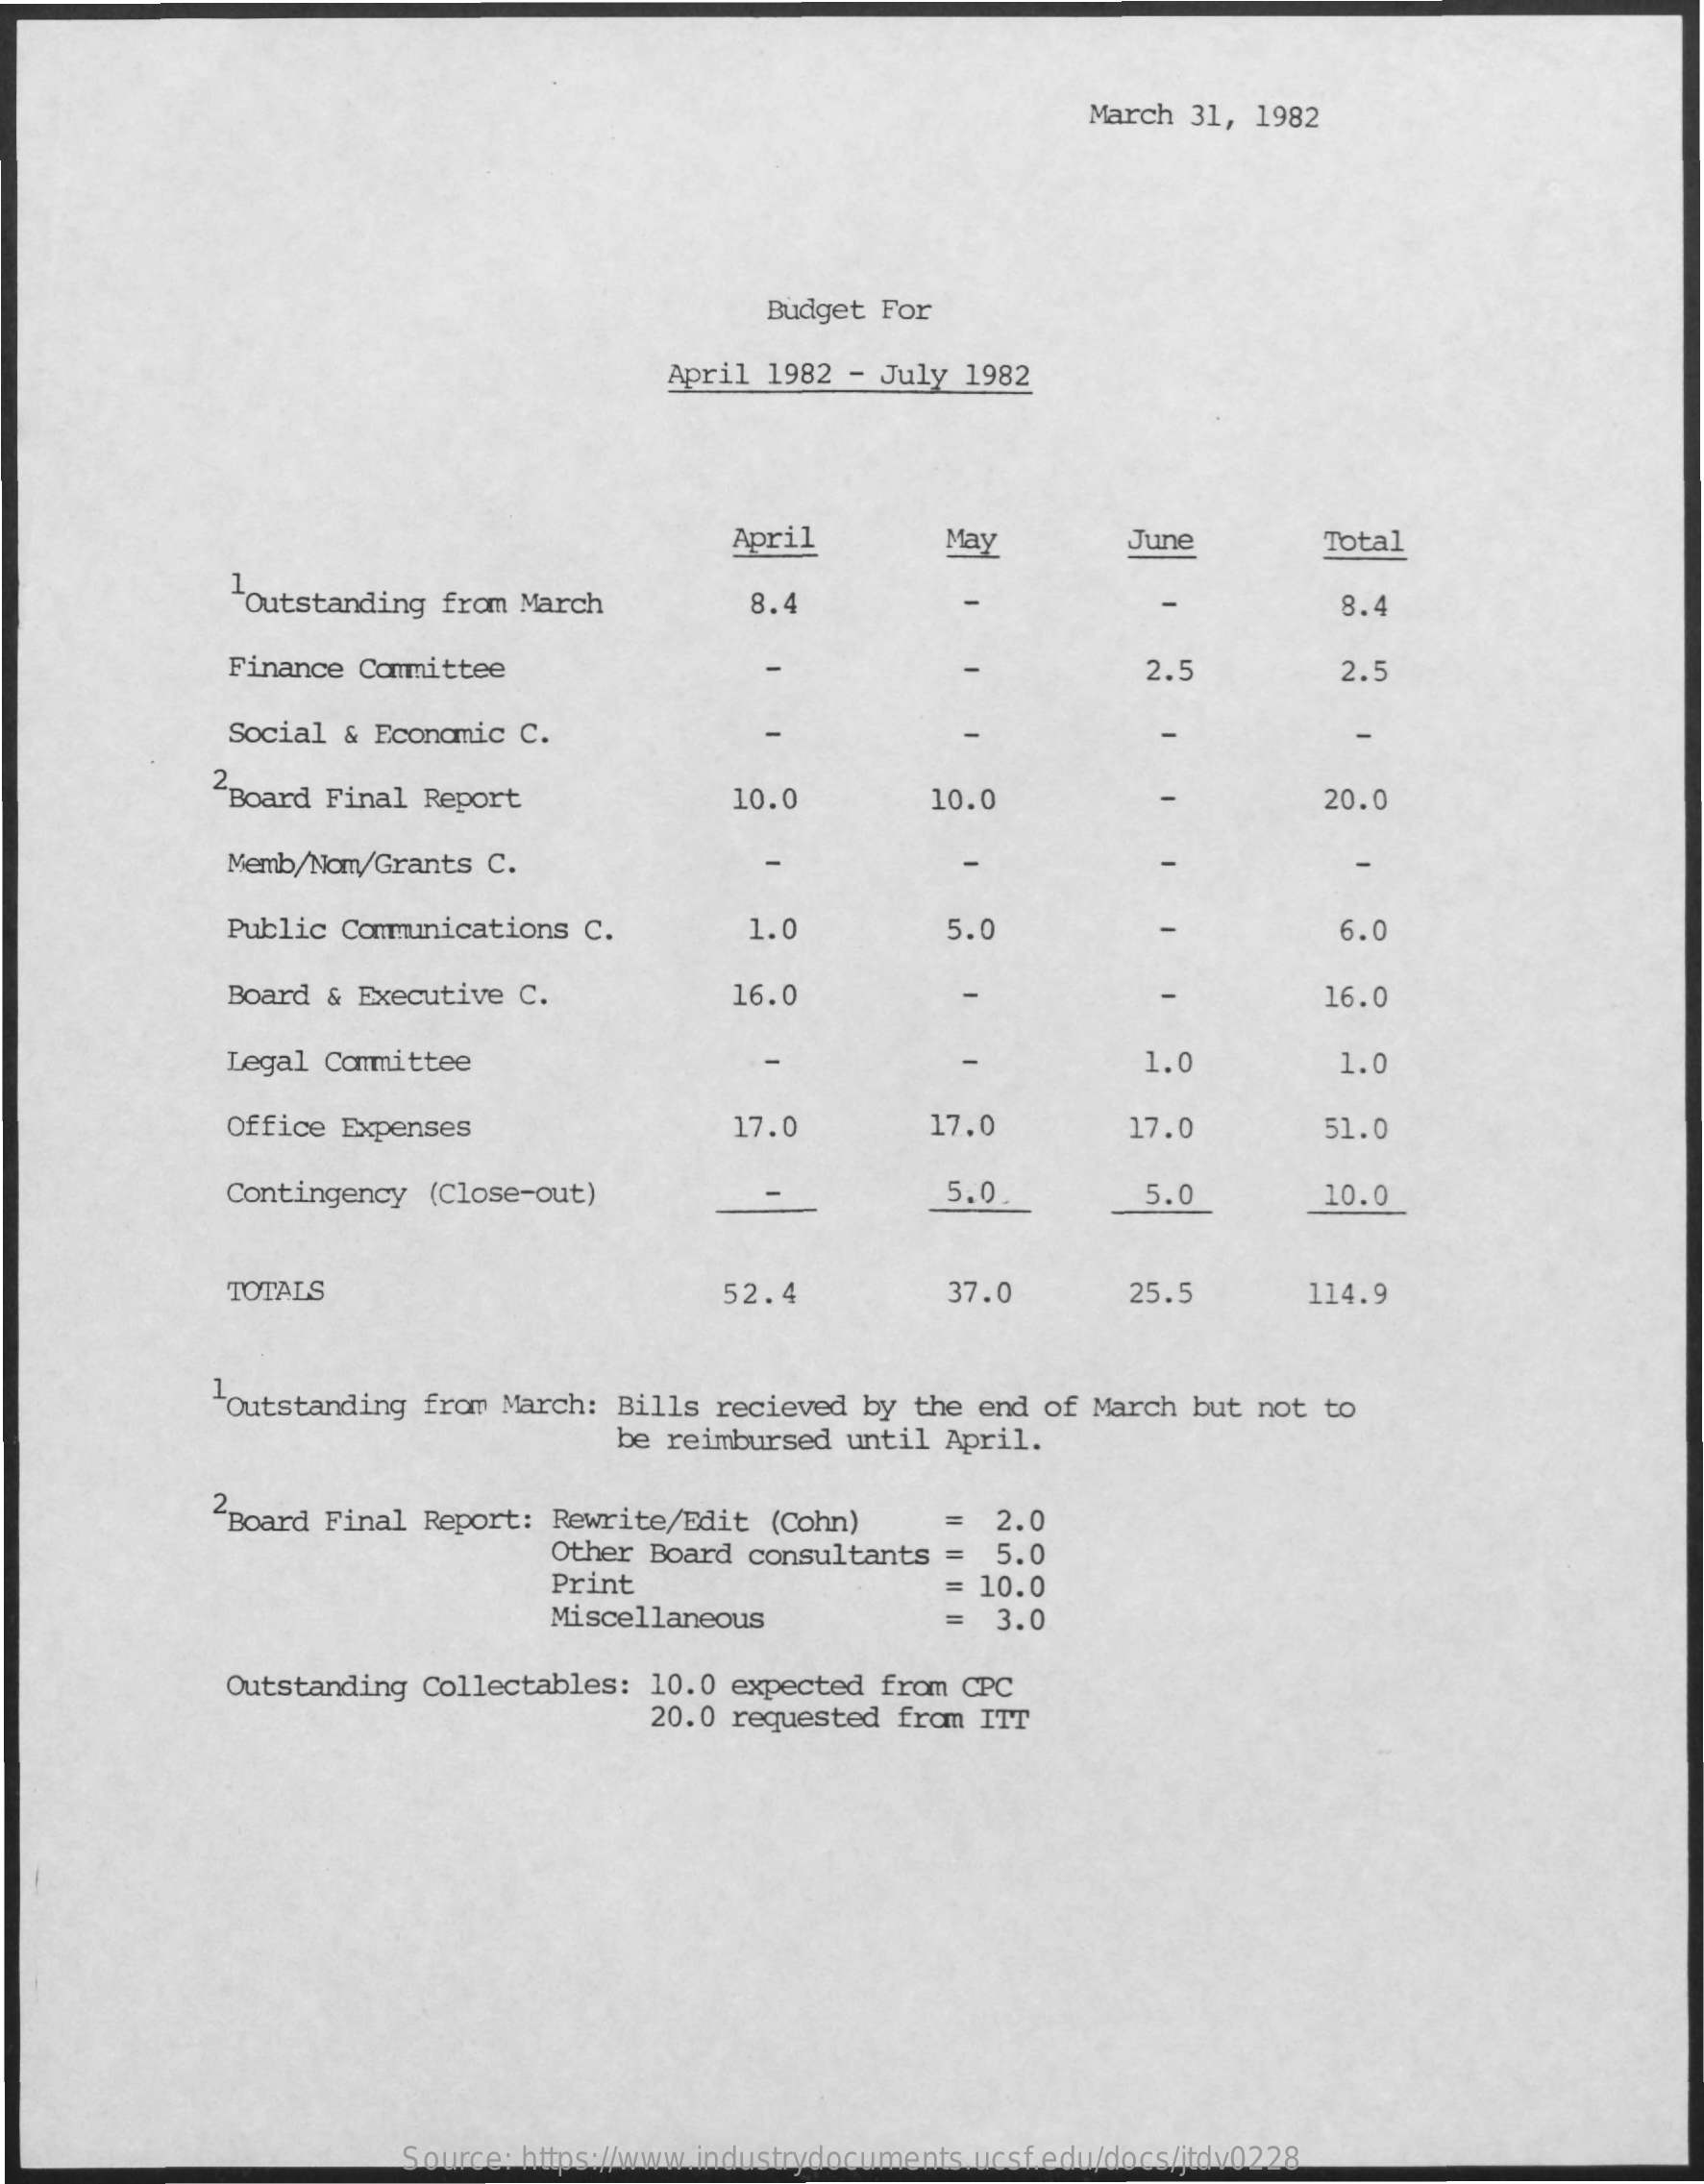
March 31,  1982
     Budget For
     April 1982  - July  1982
     April    May    June    Total
     Outstanding  from March    8.4    8.4
     Finance  Committee    2.5    2.5
     Social  & Economic C.
     2Board Final  Report    10.0    10.0    20.0
     Memb/Nom/Grants  C.    -
     Public Communications  C.    1.0    5.0    6.0
     Board  & Executive C.    16.0    16.0
     Legal Committee    1.0    1.0
     Office Expenses    17.0    17.0    17.0    51.0
     Contingency  (Close-out)    5.0    5.0    10.0
     TOTALS    52.4    37.0    25.5    114.9
     "Outstanding  from March: Bills  recieved  by the end  of March but  not to
     be reimbursed  until April.
     2Board Final Report:  Rewrite/Edit   (Cohn)
     Other  Board consultants
     2.0
     5.0
     Print    10.0
     Miscellaneous    =   3.0
     Outstanding  Collectables:  10.0 expected  from CPC
     20.0 requested  from ITT
     Source: https://www.industrydocuments.ucsf.edu/docs/jtdv0228